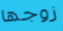
زوجها